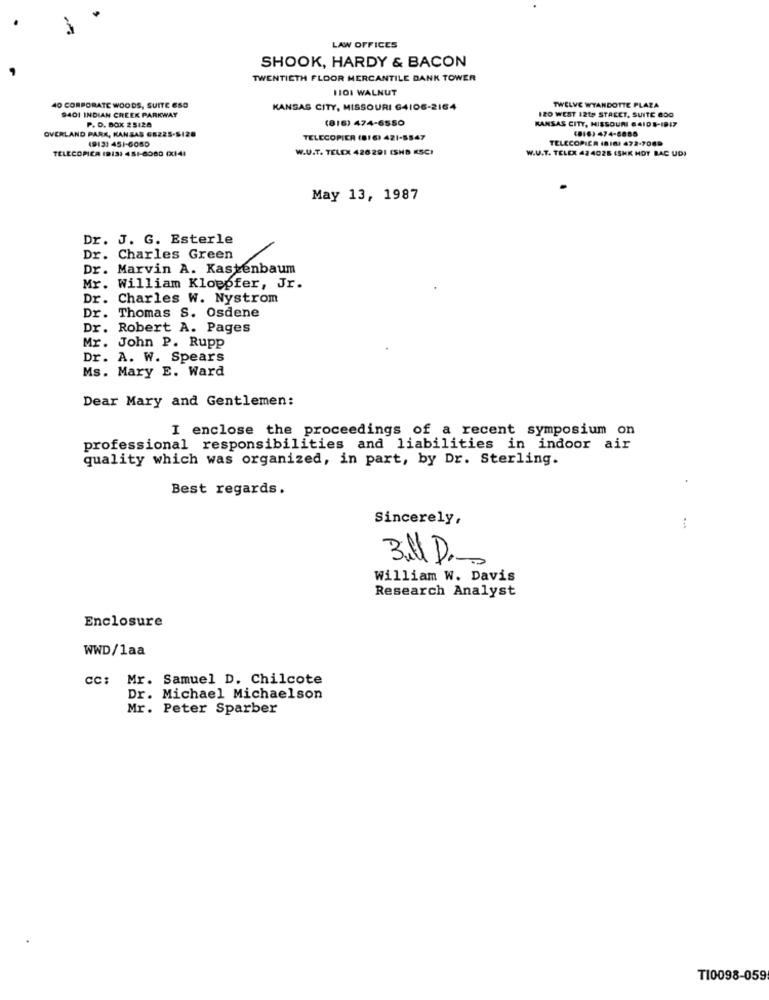
LAW OFFICES
SHOOK, HARDY & BACON
TWENTIETH FLOOR MERCANTILE DANK TOWER
HI01 WALNUT
TWELVE WYANDOTTE PLAZA
40 CORPORATE WOODS, SUITE ESO
9401 INDIAN CREEK PARKWAY
KANSAS CITY, MISSOURI G4106-2164
IZO WEST 1219 STREET, SUITE 800
P. D. BOX 2 5128
(816) 474-6550
KANSAS CITY, MISSOURI 6410S-IBIT
OVERLAND PARK, KANSAS G5225-5120
(816) 474-6885
(913) 451-6080
TELECOPIER (81 6) 421-5547
TELECOPIER (816) 472-7089
TELECOPICA (BIS) 451-6080 (X141
W.U.T. TELEX 426 291 ISHB KSCI
W.U.T. TELEX 424028 (SHK HOT BAC UD)
May 13, 1987
Dr. J. G. Esterle
Dr. Charles Green
Dr. Marvin A. Kastenbaum
Mr. William Kloepfer, Jr.
Dr. Charles W. Nystrom
Dr. Thomas S. Osdene
Dr. Robert A. Pages
Mr. John P. Rupp
Dr. A. W. Spears
Ms. Mary E. Ward
Dear Mary and Gentlemen:
I enclose the proceedings of a recent symposium on
professional responsibilities and liabilities in indoor air
quality which was organized, in part, by Dr. Sterling.
Best regards.
Sincerely,
3al D.
William W. Davis
Research Analyst
Enclosure
WWD/1aa
cc: Mr. Samuel D. Chilcote
Dr. Michael Michaelson
Mr. Peter Sparber
TI0098-059